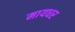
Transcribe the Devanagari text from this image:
मायधर